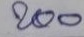
200